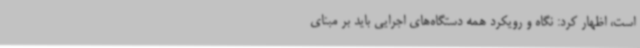
است، اظهار کرد: نگاه و رویکرد همه دستگاه‌های اجرایی باید بر مبنای